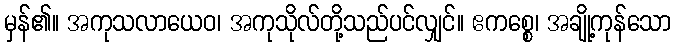
မှန်၏။ အကုသလာယေဝ၊ အကုသိုလ်တို့သည်ပင်လျှင်။ ဧကစ္စေ၊ အချို့ကုန်သော